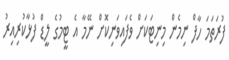
ފުރަތަމަ ހާފް ނިމެން މިނިޓަކަށް ވެފައިވަނިކޮށް ނޭމާ އެ ޓީމުގެ ލީޑް ފުޅާކުރިއިރު